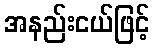
အနည်းငယ်ဖြင့်